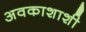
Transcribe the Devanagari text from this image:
अवकाशाशी